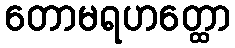
တောမရဟတ္ထော